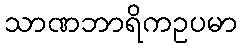
သာဏဘာရိကဥပမာ